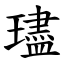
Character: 璶